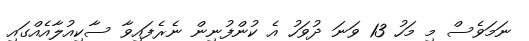
ނަމަވެސް މި މަހު 13 ވަނަ ދުވަހު އެ ކުންފުނިން ނެރެފައިވާ ސާކިއުލާއެއްގައި